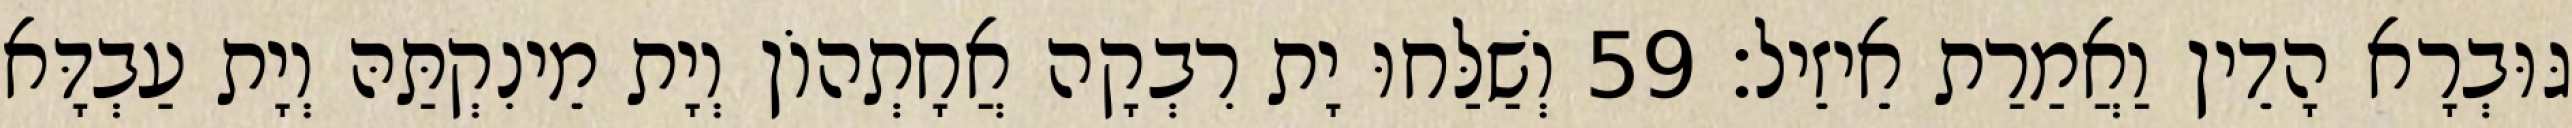
גּוּבְרָא הָדֵין וַאֲמַרַת אֵיזֵיל׃ 59 וְשַׁלַּחוּ יָת רִבְקָה אֲחָתְהוֹן וְיָת מֵינִקְתַּהּ וְיָת עַבְדָּא